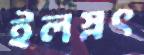
ইলস্নৎ